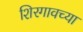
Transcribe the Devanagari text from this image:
शिरगावच्या